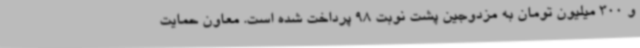
و 300 میلیون تومان به مزدوجین پشت نوبت 98 پرداخت‌ شده است. معاون حمایت